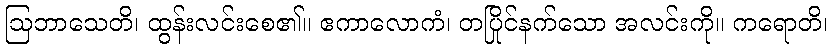
ဩဘာသေတိ၊ ထွန်းလင်းစေ၏။ ဧကာလောကံ၊ တပြိုင်နက်သော အလင်းကို။ ကရောတိ၊